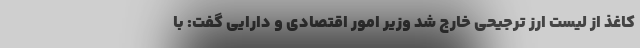
‌کاغذ از لیست ارز ترجیحی خارج شد وزیر امور اقتصادی و دارایی گفت: با